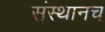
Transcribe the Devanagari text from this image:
संस्थानच